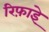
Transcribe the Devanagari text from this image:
रिफ़ाइे